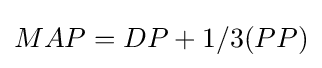
MAP=DP+1/3(PP)